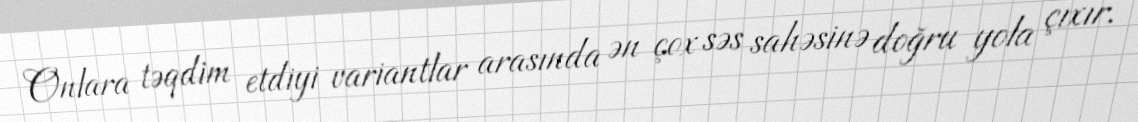
Onlara təqdim etdiyi variantlar arasında ən çox səs sahəsinə doğru yola çıxır.